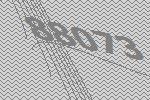
88073